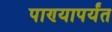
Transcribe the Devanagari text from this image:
पाण्यापर्यंत